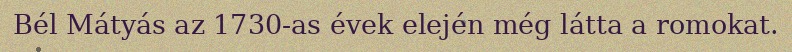
Bél Mátyás az 1730-as évek elején még látta a romokat.